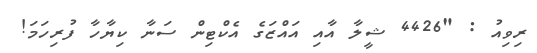
ރިވިއު : "4426 ޝީލާ އާއި އައްޒަގެ އެކްޓިން ސަނާ ކިޔާހާ ފުރިހަމަ!